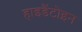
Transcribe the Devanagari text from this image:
हाइडैंटोइन